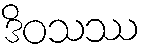
ဒိဝသဿ